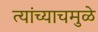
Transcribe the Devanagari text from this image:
त्यांच्याचमुळे